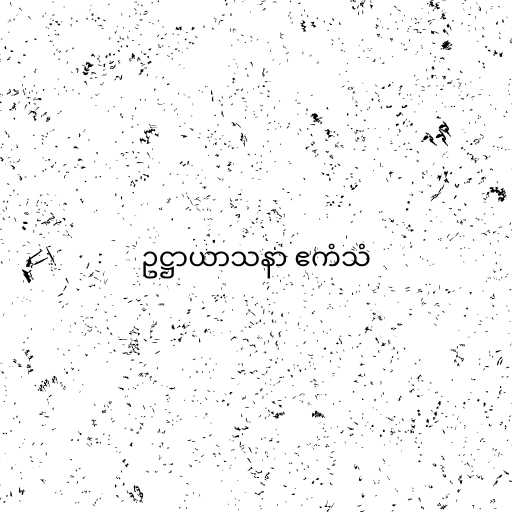
ဥဋ္ဌာယာသနာ ဧကံသံ